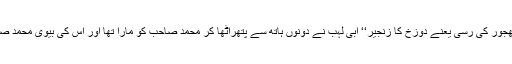
اور بیچ گردن اُس کی کے پوست کھجور کی رسّی یعنے دوزُخ کا زنجیر‘‘ ابی لہب نے دونوں ہاتھ سے پتھراُٹھا کر محمد صاحب کو مارا تھا اور اُس کی بیوی محمد صاحب کے راہ میں کانٹے ڈالتی تھی۔